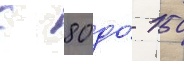
с 80 до́ 150